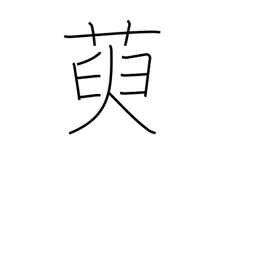
Meaning: oleaster